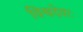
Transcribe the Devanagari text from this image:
विश्वदेवाः